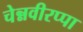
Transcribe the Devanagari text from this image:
चेन्नवीरप्पा